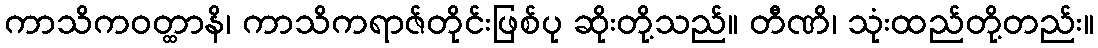
ကာသိကဝတ္ထာနိ၊ ကာသိကရာဇ်တိုင်းဖြစ်ပု ဆိုးတို့သည်။ တီဏိ၊ သုံးထည်တို့တည်း။